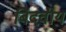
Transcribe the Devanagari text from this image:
बिंदवीय